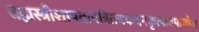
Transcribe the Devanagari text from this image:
ब्रह्मस्त्रीशापतापत्रितयकदनकृत्पादपाथोज